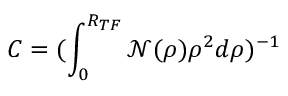
C = ( \int _ { 0 } ^ { R _ { T F } } \mathcal { N } ( \rho ) \rho ^ { 2 } d \rho ) ^ { - 1 }